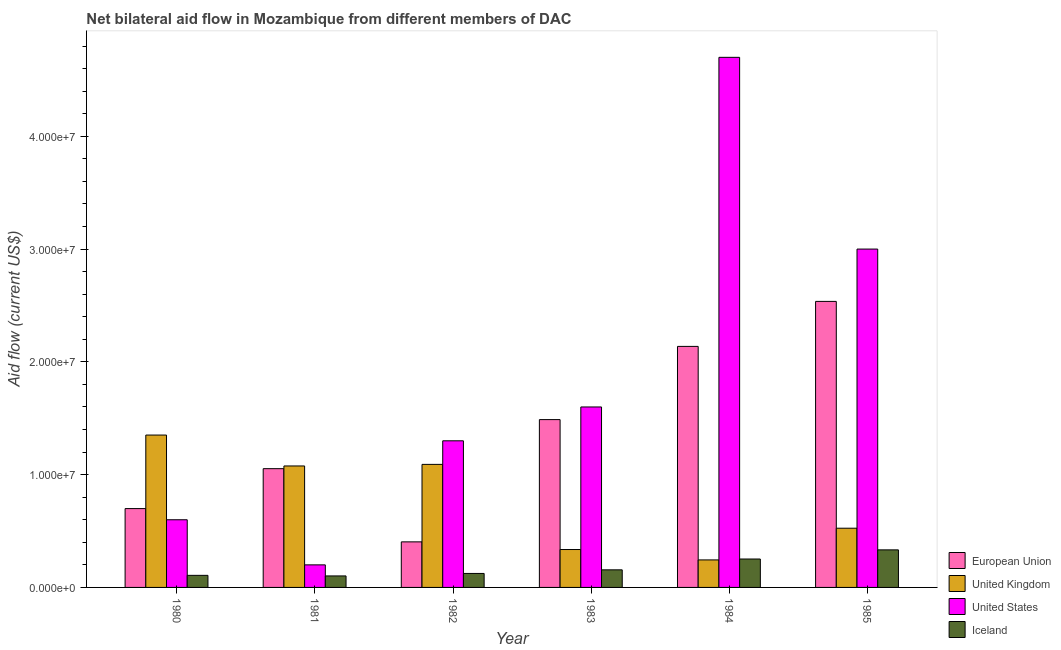
| Year | European Union | United Kingdom | United States | Iceland |
 | --- | --- | --- | --- | --- |
 | 1980 | 6.99e+06 | 1.35e+07 | 6e+06 | 1.07e+06 |
 | 1981 | 1.05e+07 | 1.08e+07 | 2e+06 | 1.02e+06 |
 | 1982 | 4.04e+06 | 1.09e+07 | 1.3e+07 | 1.24e+06 |
 | 1983 | 1.49e+07 | 3.36e+06 | 1.6e+07 | 1.56e+06 |
 | 1984 | 2.14e+07 | 2.44e+06 | 4.7e+07 | 2.52e+06 |
 | 1985 | 2.54e+07 | 5.25e+06 | 3e+07 | 3.33e+06 |